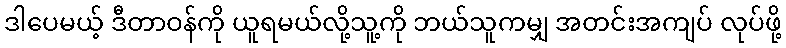
ဒါပေမယ့် ဒီတာဝန်ကို ယူရမယ်လို့သူ့ကို ဘယ်သူကမျှ အတင်းအကျပ် လုပ်ဖို့